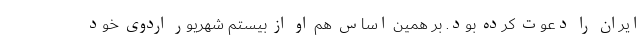
ایران را دعوت کرده بود. بر همین اساس هم او از بیستم شهریور اردوی خود